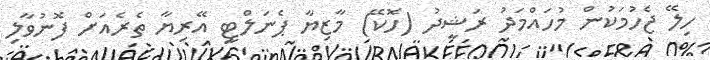
ހިލޭ ޖެހުމަކުން މުހައްމަދު ރަޝީދު (ހޮކޭ) މާޒިޔާ ޕެނަލްޓީ އޭރިޔާ ތެރެއަށް ފޮނުވާލި